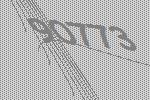
90773